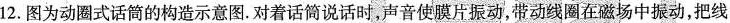
12.图为动圈式话筒的构造示意图.对着话筒说话时，声音使膜片振动，带动线圈在磁场中振动，把线